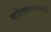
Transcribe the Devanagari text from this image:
कोलकात्यामध्ये